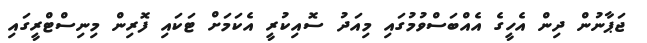
ޖަޕާނުން ދިން އެހީގެ އެއްބަސްވުމުގައި މިއަދު ސޮއިކުރީ އެކަމަށް ޓަކައި ފޮރިން މިނިސްޓްރީގައި